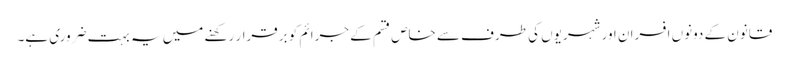
قانون کے دونوں افسران اور شہریوں کی طرف سے خاص قسم کے جرائم کو برقرار رکھنے میں یہ بہت ضروری ہے۔